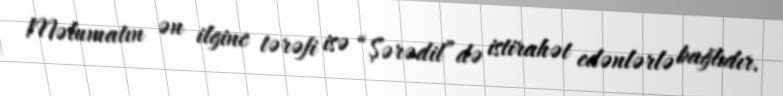
Məlumatın ən ilginc tərəfi isə “Şərədil”də istirahət edənlərlə bağlıdır.